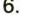
6.